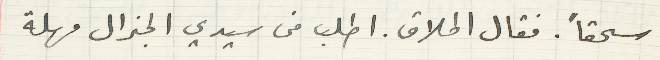
سحقاً. فقال الحلاق. اطلب من سيدي الجنرال مهلة